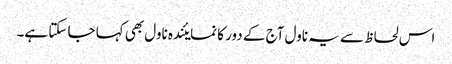
اس لحاظ سے یہ ناول آج کے دور کا نمایئندہ ناول بھی کہا جا سکتا ہے۔